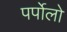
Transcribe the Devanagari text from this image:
पर्पोलो